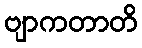
ဗျာကတာတိ